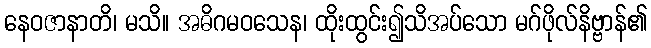
နေဝဇာနာတိ၊ မသိ။ အဓိဂမဝသေန၊ ထိုးထွင်း၍သိအပ်သော မဂ်ဖိုလ်နိဗ္ဗာန်၏